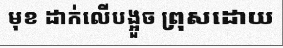
មុខ ដាក់លើបង្អួច ព្រុសដោយ